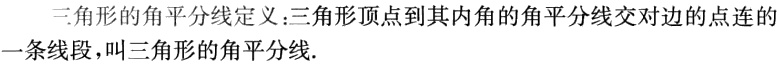
三角形的角平分线定义：三角形顶点到其内角的角平分线交对边的点连的一条线段，叫三角形的角平分线.